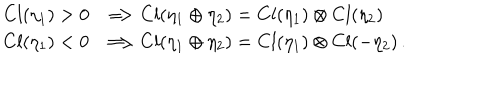
\begin{array} { l } { { C l ( \eta _ { 1 } ) > 0 \; \; \Longrightarrow C l ( \eta _ { 1 } \oplus \eta _ { 2 } ) = C l ( \eta _ { 1 } ) \otimes C l ( \eta _ { 2 } ) } } \\ { { C l ( \eta _ { 1 } ) < 0 \; \; \Longrightarrow C l ( \eta _ { 1 } \oplus \eta _ { 2 } ) = C l ( \eta _ { 1 } ) \otimes C l ( - \eta _ { 2 } ) \, . } } \\ \end{array}